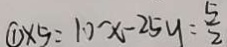
\textcircled { 1 } \times 5 = 1 0 x - 2 5 y = \frac { 5 } { 2 }